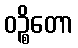
ဝဉ္စိတော